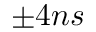
\pm 4 n s